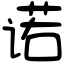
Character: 诺